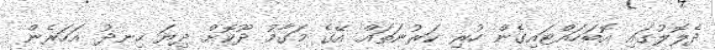
ދެލޮލުގައި އޮބަހައްޓައިގެން ހުރި ކަރުނަތައް އޭގެ މަގާމު ދޫކޮށް ދިޔަ ހިނދު އަހަރެން